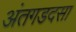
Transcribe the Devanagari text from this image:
अंतगडदसा